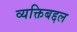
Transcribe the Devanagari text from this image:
व्यक्तिबद्दल